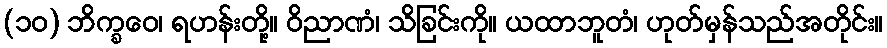
(၁၀) ဘိက္ခဝေ၊ ရဟန်းတို့။ ဝိညာဏံ၊ သိခြင်းကို။ ယထာဘူတံ၊ ဟုတ်မှန်သည်အတိုင်း။